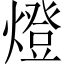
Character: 燈